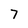
Character: 7